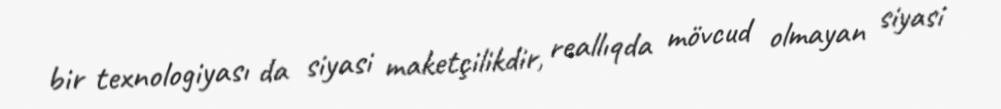
bir texnologiyası da siyasi maketçilikdir, reallıqda mövcud olmayan siyasi